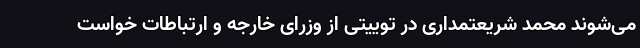
می‌شوند محمد شریعتمداری در توییتی از وزرای خارجه و ارتباطات خواست